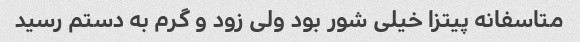
متاسفانه پیتزا خیلی شور بود ولی زود و گرم به دستم رسید